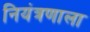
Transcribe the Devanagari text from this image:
नियंत्रणाला